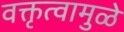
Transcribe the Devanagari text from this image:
वक्तृत्वामुळे